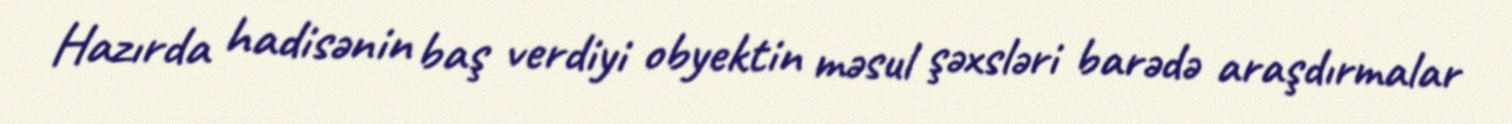
Hazırda hadisənin baş verdiyi obyektin məsul şəxsləri barədə araşdırmalar